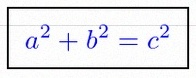
a^2+b^2=c^2